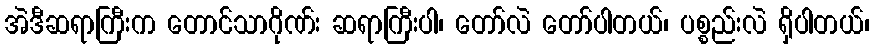
အဲဒီဆရာကြီးက တောင်သာဂိုဏ်း ဆရာကြီးပါ၊ တော်လဲ တော်ပါတယ်၊ ပစ္စည်းလဲ ရှိပါတယ်၊